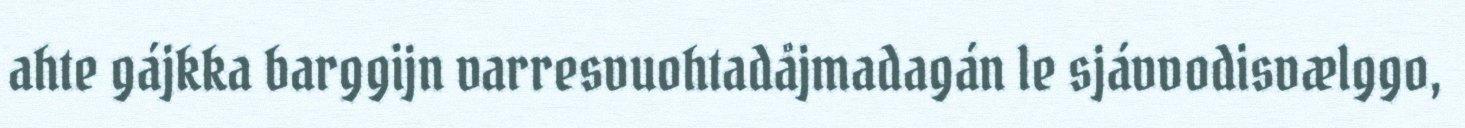
ahte gájkka barggijn varresvuohtadåjmadagán le sjávvodisvælggo,